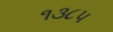
૧૩૮૫